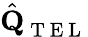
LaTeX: \hat{\textbf{Q}}_{\mathrm{~T~E~L~}}